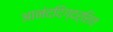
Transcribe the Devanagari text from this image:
आनंददिग्दर्शित